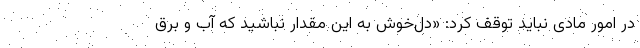
در امور مادی نباید توقف کرد: «دل‌خوش به این مقدار نباشید که آب و برق